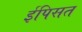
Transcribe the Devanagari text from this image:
ईपिसत